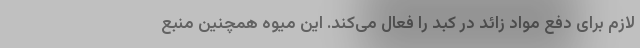
لازم برای دفع مواد زائد در کبد را فعال می‌کند. این میوه همچنین منبع